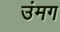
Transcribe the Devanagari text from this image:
उंमग